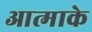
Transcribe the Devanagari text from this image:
आत्माके